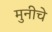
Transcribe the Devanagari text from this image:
मुनीचे